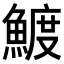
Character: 𬵟